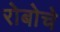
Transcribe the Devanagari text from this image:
रोबोचे